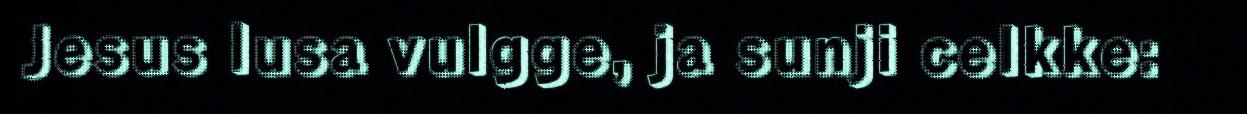
Jesus lusa vulgge, ja sunji celkke: